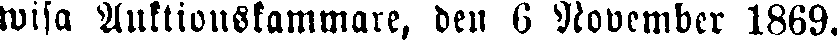
wifa Auktionskammare, den 6 Novemeber 1869.